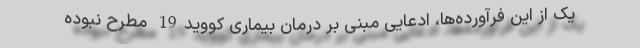
یک از این فرآورده‌‌ها، ادعایی مبنی بر درمان بیماری کووید19 مطرح نبوده